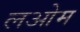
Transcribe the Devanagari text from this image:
लओम